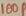
Text: 100p